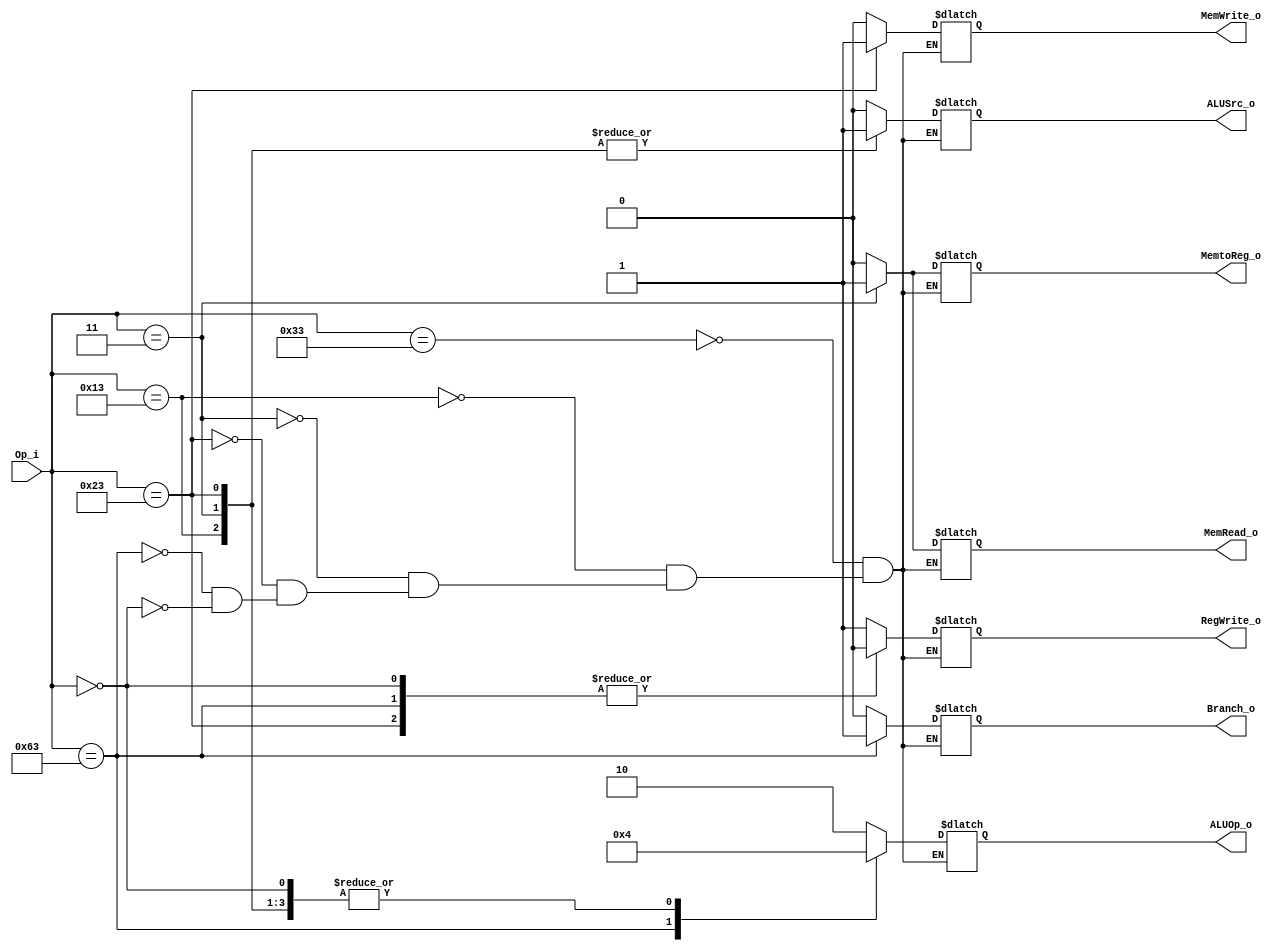
module Control
(
	Op_i,
	ALUOp_o,
	ALUSrc_o,
	Branch_o,
	MemRead_o,
	MemWrite_o, 
	RegWrite_o,
	MemtoReg_o
);

input	[6:0]	Op_i;
output reg	[1:0]	ALUOp_o;
output reg	ALUSrc_o;
output reg	Branch_o, MemRead_o, MemWrite_o;
output reg	RegWrite_o, MemtoReg_o;

always @(Op_i)
begin
	case(Op_i)
		7'b0110011: // R-format
		begin  
			ALUOp_o = 2'b10;
			ALUSrc_o = 0;
			Branch_o = 0;
			MemRead_o = 0;
			MemWrite_o = 0;
			RegWrite_o = 1;
			MemtoReg_o = 0;
		end
		7'b0010011: // i type
		begin 
			ALUOp_o = 2'b00;
			ALUSrc_o = 1;
			RegWrite_o = 1;
			//others filled with 0 temporarily
			Branch_o = 0;
			MemRead_o = 0;
			MemWrite_o = 0;
			MemtoReg_o = 0;
		end
		7'b0000011: // ld
		begin  
			ALUOp_o = 2'b00;
			ALUSrc_o = 1;
			Branch_o = 0;
			MemRead_o = 1;
			MemWrite_o = 0;
			RegWrite_o = 1;
			MemtoReg_o = 1;
		end
		7'b0100011: // sd
		begin  
			ALUOp_o = 2'b00;
			ALUSrc_o = 1;
			Branch_o = 0;
			MemRead_o = 0;
			MemWrite_o = 1;
			RegWrite_o = 0;
			MemtoReg_o = 1'bx;
		end
		7'b1100011: // beq
		begin  
			ALUOp_o = 2'b01;
			ALUSrc_o = 0;
			Branch_o = 1;
			MemRead_o = 0;
			MemWrite_o = 0;
			RegWrite_o = 0;
			MemtoReg_o = 1'bx;
		end
		7'b0000000: // IF-flush(stall for beq predict not taken)
		begin  
			ALUOp_o = 2'b00;
			ALUSrc_o = 1'b0;
			Branch_o = 1'b0;
			MemRead_o = 1'b0;
			MemWrite_o = 1'b0;
			RegWrite_o = 1'b0;
			MemtoReg_o = 1'b0;
		end  	
		default: $display("Error in Control"); 
	endcase
end

endmodule